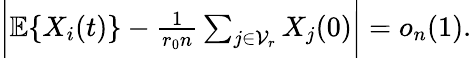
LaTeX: \begin{array}{r}{\bigg|\mathbb{E}\{ X_{i}(t)\} -\frac{1}{r_{0}n}\sum_{j\in\mathcal{V}_{r}}X_{j}(0)\bigg|=o_{n}(1).}\end{array}